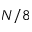
N / 8